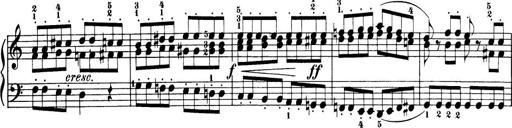
Title: 32 Sonatinas and Rondos for the Piano
Composer: Richard Kleinmichel